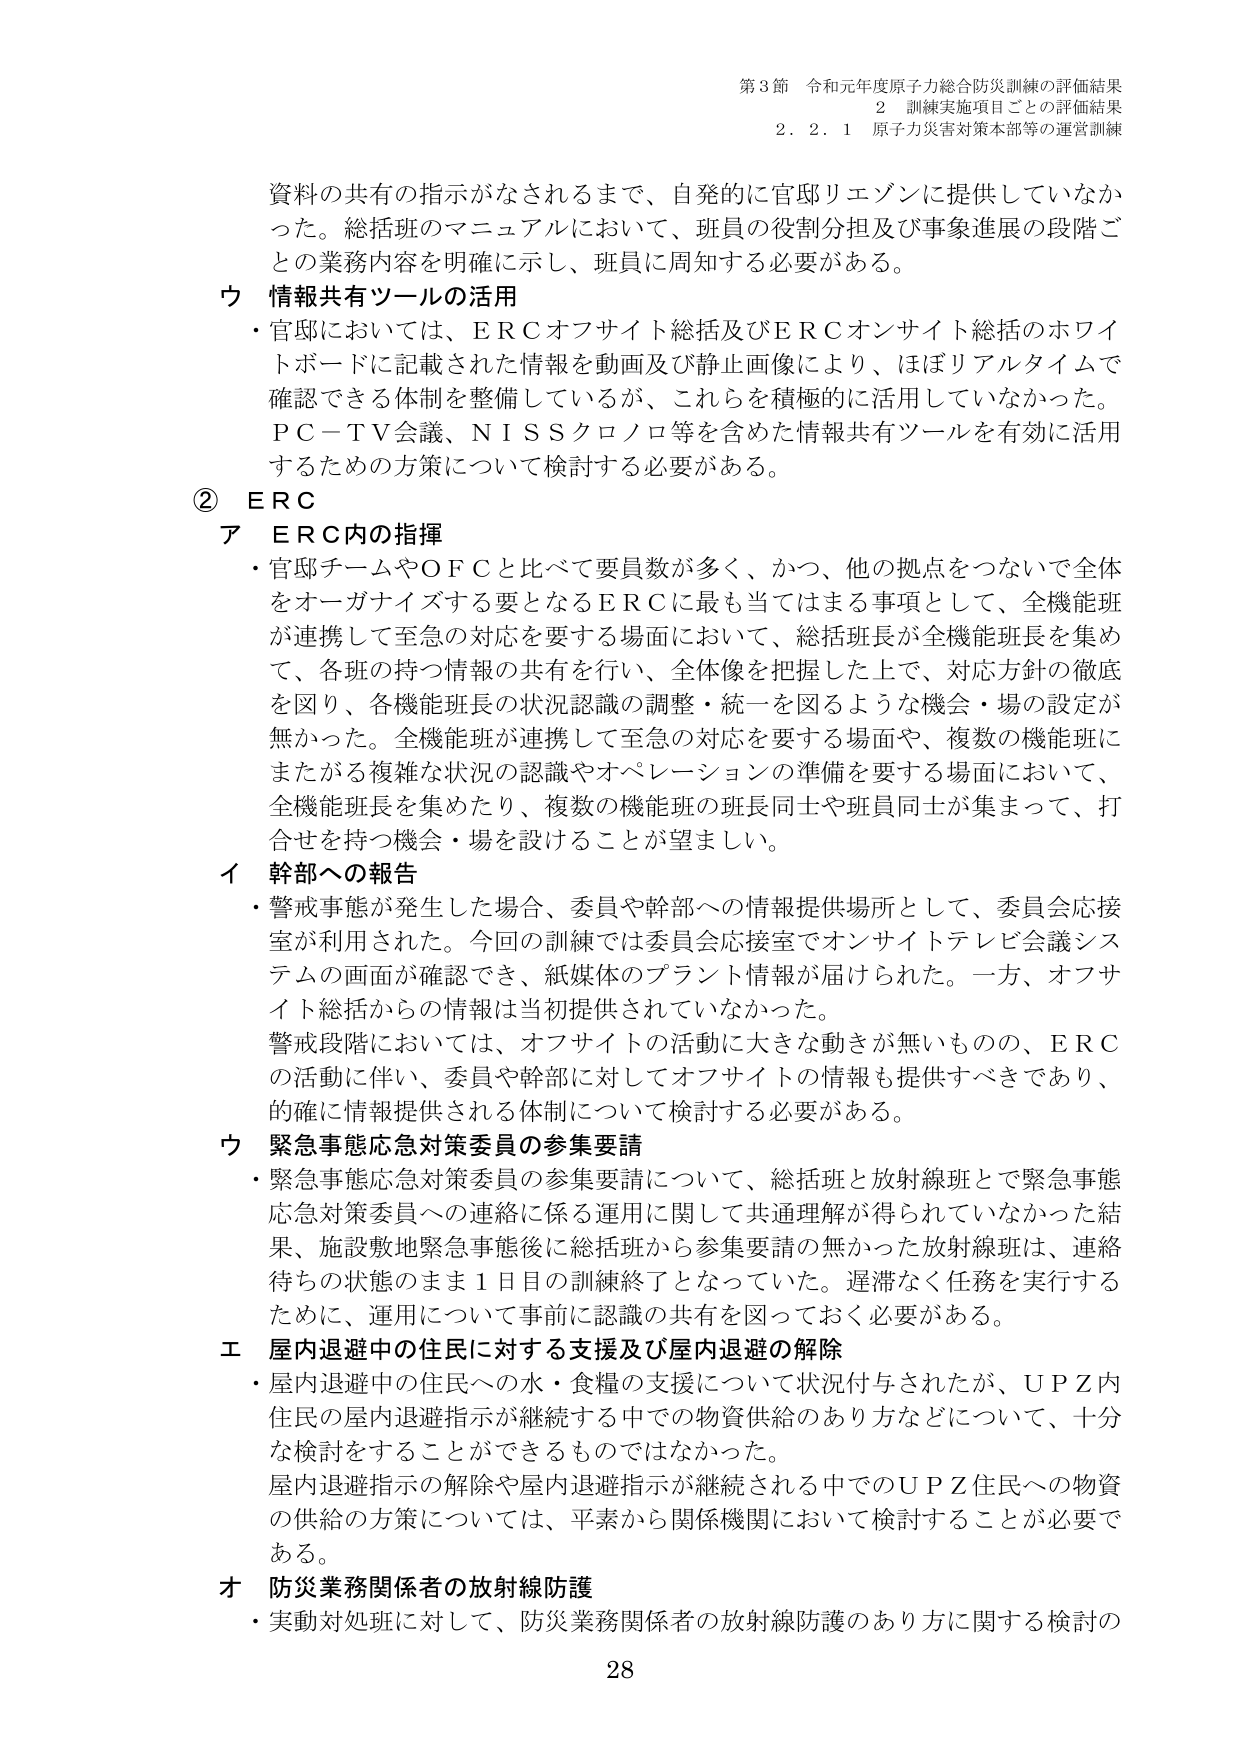
第3節 令和元年度原子力総合防災訓練の評価結果
2 訓練実施項目ごとの評価結果
2.2.1 原子力災害対策本部等の運営訓練

資料の共有の指示がなされるまで、自発的に官邸リエゾンに提供していなかった。総括班のマニュアルにおいて、班員の役割分担及び事象進展の段階ごとの業務内容を明確に示し、班員に周知する必要がある。

ウ 情報共有ツールの活用
・官邸においては、ＥＲＣオフサイト総括及びＥＲＣオンサイト総括のホワイトボードに記載された情報を動画及び静止画像により、ほぼリアルタイムで確認できる体制を整備しているが、これらを積極的に活用していなかった。ＰＣ－ＴＶ会議、ＮＩＳＳクロノロ等を含めた情報共有ツールを有効に活用するための方策について検討する必要がある。

② ＥＲＣ
ア ＥＲＣ内の指揮
・官邸チームやＯＦＣと比べて要員数が多く、かつ、他の拠点をつないで全体をオーガナイズする要となるＥＲＣに最も当てはまる事項として、全機能班が連携して至急の対応を要する場面において、総括班長が全機能班長を集め、各班の持つ情報の共有を行い、全体像を把握した上で、対応方針の徹底を図り、各機能班長の状況認識の調整・統一を図るような機会・場の設定が無かった。全機能班が連携して至急の対応を要する場面や、複数の機能班にまたがる複雑な状況の認識やオペレーションの準備を要する場面において、全機能班長を集めたり、複数の機能班の班長同士や班員同士が集まって、打合せを持つ機会・場を設けることが望ましい。

イ 幹部への報告
・警戒事態が発生した場合、委員や幹部への情報提供所として、委員会応接室が利用された。今回の訓練では委員会応接室でオンサイトテレビ会議システムの画面が確認でき、紙媒体のプラント情報が届けられた。一方、オフサイト総括からの情報は当初提供されていなかった。
警戒段階においては、オフサイトの活動に大きな動きが無いものの、ＥＲＣの活動に伴い、委員や幹部に対してオフサイトの情報も提供すべきであり、的確に情報提供される体制について検討する必要がある。

ウ 緊急事態応急対策委員の参集要請
・緊急事態応急対策委員の参集要請について、総括班と放射線班とで緊急事態応急対策委員への連絡に係る運用に関して共通理解が得られていないかった結果、施設敷地緊急事態後に総括班から参集要請の無かった放射線班は、連絡待ちの状態のまま1日目の訓練終了となっていた。遅滞なく任務を実行するためには、運用について事前に認識の共有を図っておく必要がある。

エ 屋内退避中の住民に対する支援及び屋内退避の解除
・屋内退避中の住民への水・食糧の支援について状況付与されたが、ＵＰＺ内住民の屋内退避指示が継続する中での物資供給のあり方などについて、十分な検討をすることができるものではなかった。
屋内退避指示の解除や屋内退避指示が継続される中でのＵＰＺ住民への物資の供給の方策については、平素から関係機関において検討することが必要である。

オ 防災業務関係者の放射線防護
・実動対処班に対して、防災業務関係者の放射線防護のあり方に関する検討の

28